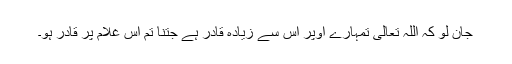
جان لو کہ اللہ تعالیٰ تمہارے اوپر اس سے زیادہ قادر ہے جتنا تم اس غلام پر قادر ہو۔